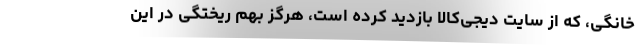
خانگی، که از سایت دیجی‌کالا بازدید کرده است، هرگز بهم ریختگی در این